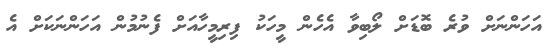
އަހަންނަށް ވުރެ ބޮޑަށް ލޯބިވާ އެހެން މީހަކު ފިރިމީހާއަށް ފެނުމުން އަހަންނަކަށް އެ